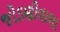
જોડણીવાળા